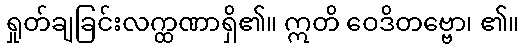
ရှုတ်ချခြင်းလက္ထဏာရှိ၏။ ဣတိ ဝေဒိတဗ္ဗော၊ ၏။